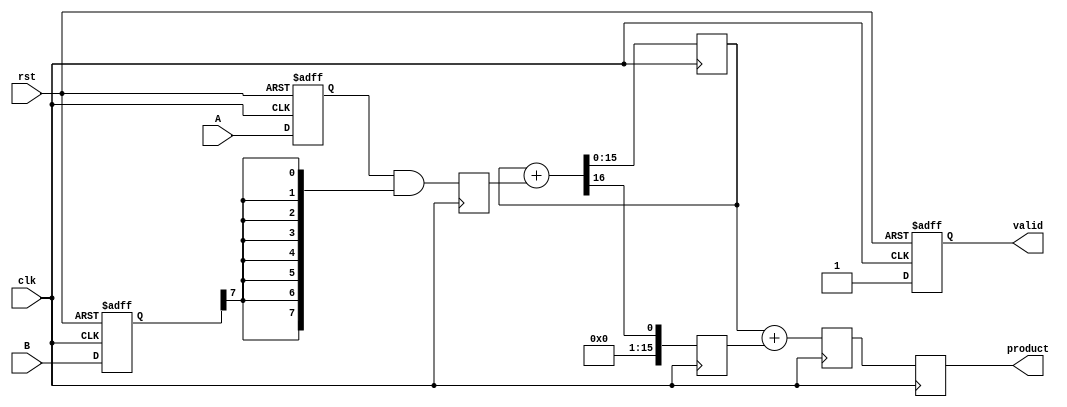
module PipelinedWallaceTreeMultiplier #(
    parameter N = 8, // Width of the operands
    parameter PIPELINE_DEPTH = 3 // Number of pipeline stages
) (
    input clk,
    input rst,
    input [N-1:0] A,
    input [N-1:0] B,
    output reg [2*N-1:0] product,
    output reg valid
);

    // Stage 1: Input Registers
    reg [N-1:0] A_reg [0:PIPELINE_DEPTH-1];
    reg [N-1:0] B_reg [0:PIPELINE_DEPTH-1];
    
    // Stage 2: Partial Products
    reg [N-1:0] partial_products [0:N-1];

    // Stage 3: Wallace Tree Reduction
    reg [2*N-1:0] reduced_sum [0:PIPELINE_DEPTH-1];
    reg [2*N-1:0] reduced_carry [0:PIPELINE_DEPTH-1];
    
    // Stage 4: Final addition
    reg [2*N-1:0] final_sum;
    reg [2*N-1:0] final_carry;

    // Control signals
    reg [PIPELINE_DEPTH-1:0] stage_enable;

    // Stage 1: Load inputs into registers
    always @(posedge clk or posedge rst) begin
        if (rst) begin
            A_reg[0] <= 0;
            B_reg[0] <= 0;
            valid <= 0;
        end else begin
            A_reg[0] <= A;
            B_reg[0] <= B;
            valid <= 1; // Indicate that inputs are valid
        end
    end

    // Stage 2: Generate Partial Products
    integer i;
    always @(posedge clk) begin
        for (i = 0; i < N; i = i + 1) begin
            partial_products[i] <= A_reg[0] & {N{B_reg[0][i]}};
        end
    end

    // Stage 3: Wallace Tree Reduction (simplified example)
    // This would typically have more complex logic with CSAs.
    always @(posedge clk) begin
        // Initialize the first stage
        reduced_sum[0] <= partial_products[0];
        reduced_carry[0] <= 0;

        // Example of simple reduction (more stages needed for a real implementation)
        for (i = 1; i < N; i = i + 1) begin
            {reduced_carry[0], reduced_sum[0]} <= reduced_sum[0] + partial_products[i];
        end
    end

    // Final addition stage (simplified)
    always @(posedge clk) begin
        {final_carry, final_sum} <= reduced_sum[0] + reduced_carry[0];
        product <= final_sum; // Output the final product
    end

endmodule